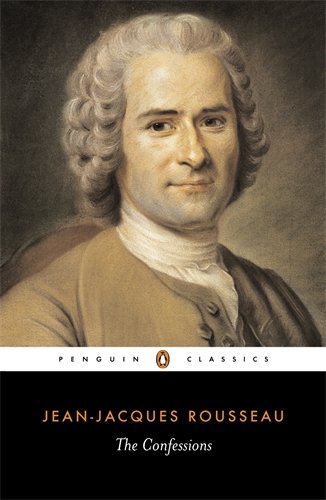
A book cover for The Confessions (Penguin Classics); Jean-Jacques Rousseau; Biographies & Memoirs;